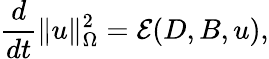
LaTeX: \frac{d}{dt}\| u\| _{\Omega}^{2}=\mathcal{E}(D,B,u),